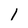
Character: 1